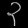
Digit: ၃